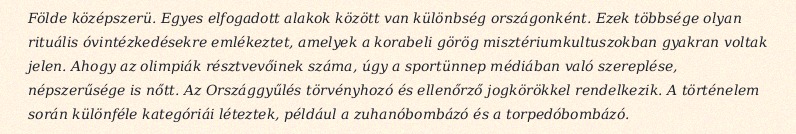
Földe középszerü. Egyes elfogadott alakok között van különbség országonként. Ezek többsége olyan rituális óvintézkedésekre emlékeztet, amelyek a korabeli görög misztériumkultuszokban gyakran voltak jelen. Ahogy az olimpiák résztvevőinek száma, úgy a sportünnep médiában való szereplése, népszerűsége is nőtt. Az Országgyűlés törvényhozó és ellenőrző jogkörökkel rendelkezik. A történelem során különféle kategóriái léteztek, például a zuhanóbombázó és a torpedóbombázó.